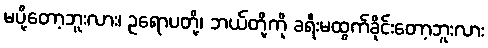
မပို့တော့ဘူးလား၊ ဥရောပတို့၊ ဘယ်တို့ကို ခရီးမထွက်ခိုင်းတော့ဘူးလား